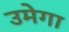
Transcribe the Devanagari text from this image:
उमेगा